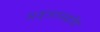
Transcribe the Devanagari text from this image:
अज्ञानग्रंथि